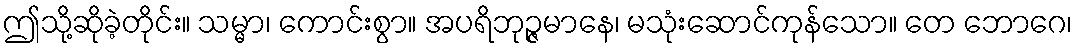
ဤသို့ဆိုခဲ့တိုင်း။ သမ္မာ၊ ကောင်းစွာ။ အပရိဘုဉ္ဇမာနေ၊ မသုံးဆောင်ကုန်သော။ တေ ဘောဂေ၊